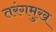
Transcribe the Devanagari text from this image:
तरंगमुख